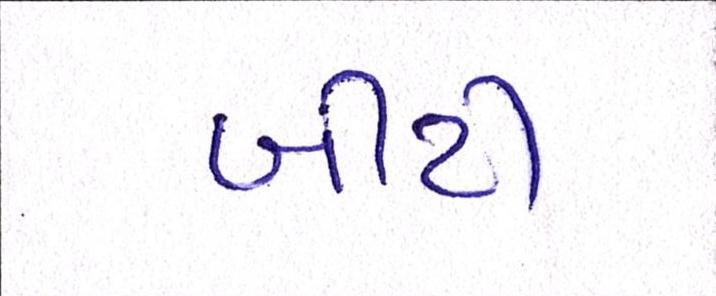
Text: બીટી